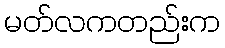
မတ်လကတည်းက